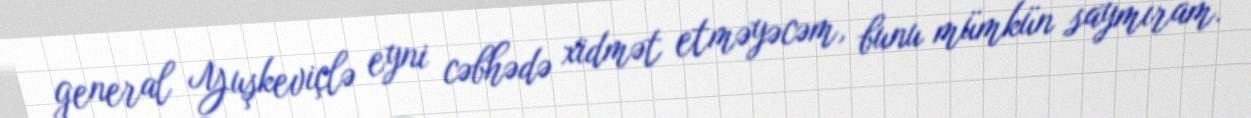
general Yuşkeviçlə eyni cəbhədə xidmət etməyəcəm, bunu mümkün saymıram.